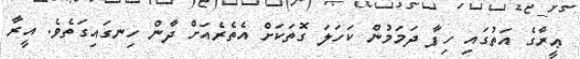
ޢީރާގެ އަތުގައި ހިފާ ދަމަމުން ކަހަލަ ގޮތަކަށް އެތެރެއަށް ދާން ހިނގައިގަތެވެ. އީރާ